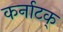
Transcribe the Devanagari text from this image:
कर्नाटक्